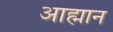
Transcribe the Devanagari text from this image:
आह्मान